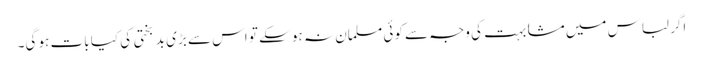
اگر لباس میں مشابہت کی وجہ سے کوئی مسلمان نہ ہو سکے تو اس سے بڑی بد بختی کی کیا بات ہو گی۔